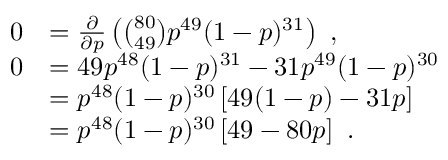
{ \begin{array} { r l } { 0 } & { = { \frac { \partial } { \partial p } } \left( { \binom { 8 0 } { 4 9 } } p ^ { 4 9 } ( 1 - p ) ^ { 3 1 } \right) ~ , } \\ { 0 } & { = 4 9 p ^ { 4 8 } ( 1 - p ) ^ { 3 1 } - 3 1 p ^ { 4 9 } ( 1 - p ) ^ { 3 0 } } \\ & { = p ^ { 4 8 } ( 1 - p ) ^ { 3 0 } \left[ 4 9 ( 1 - p ) - 3 1 p \right] } \\ & { = p ^ { 4 8 } ( 1 - p ) ^ { 3 0 } \left[ 4 9 - 8 0 p \right] ~ . } \end{array} }